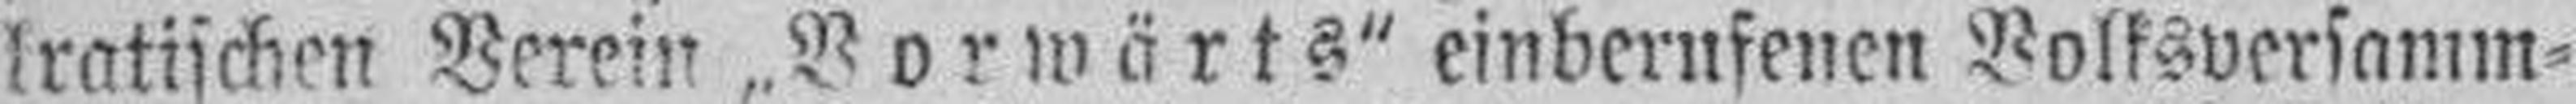
kratischen Verein „Vorwärts“ einberufenen Volksversamm¬